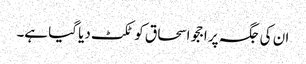
ان کی جگہ پر اججو اسحاق کو ٹکٹ دیا گیا ہے۔